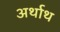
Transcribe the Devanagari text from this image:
अर्थाथ